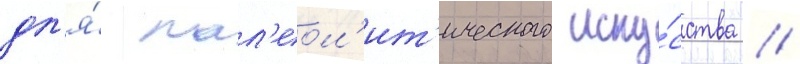
дл'я́ пал'еол'ит'ического иску́сства //